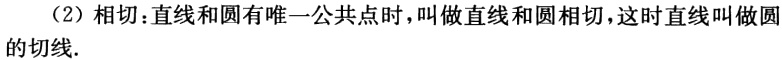
（2）相切：直线和圆有唯一公共点时，叫做直线和圆相切，这时直线叫做圆的切线.